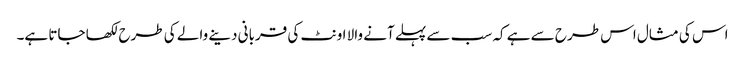
اس کی مثال اس طرح سے ہے کہ سب سے پہلے آنے والا اونٹ کی قربانی دینے والے کی طرح لکھا جاتا ہے۔